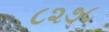
૮૨૭૮